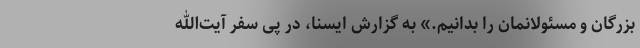
بزرگان و مسئولانمان را بدانیم.» به گزارش ایسنا، در پی سفر آیت‌الله